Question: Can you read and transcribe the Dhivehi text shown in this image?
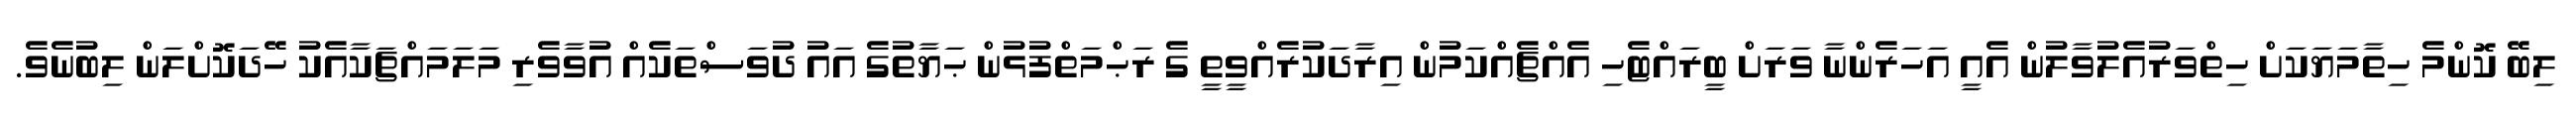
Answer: ލިބޭ ކޮންމެ ހިތާމަޔަކަށް ހިތްވަރުއެލުވާލުން އެއީ އަހަރެންނާ ވަރަށް ބީރައްޓެހި އެއްޗެއްކަމުން އިރާދަކުރެއްވީތީ ގެ ރަޙްމަތްފުޅުން ޙަޔާތުގެ އައު ދުވަސްތަކެއް އުވާވެރި މަލަމައްޗަކާއެކު ހޭދަކޮށްލަން ލިބުނެވެ.